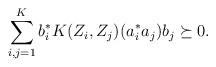
LaTeX: \begin{align*} \sum_{i,j = 1}^K b_i^* K(Z_i, Z_j)(a_i^* a_j) b_j \succeq 0.\end{align*}